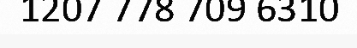
1207 778 709 6310